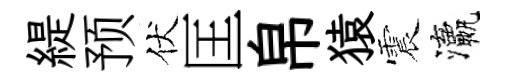
緹预伏匡帛猿震瀛